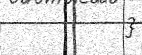
}